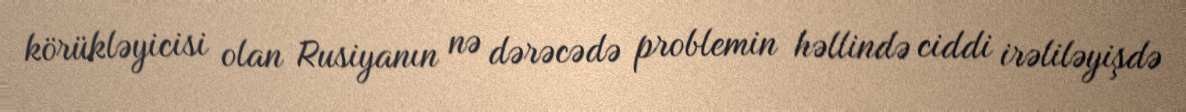
körükləyicisi olan Rusiyanın nə dərəcədə problemin həllində ciddi irəliləyişdə